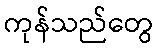
ကုန်သည်တွေ